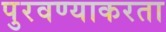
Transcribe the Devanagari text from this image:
पुरवण्याकरता